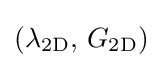
(\lambda _{\mathrm {2D} },\,G_{\mathrm {2D} })